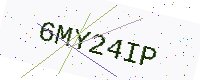
Text: 6MY24IP